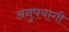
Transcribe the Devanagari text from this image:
अनुपयागी